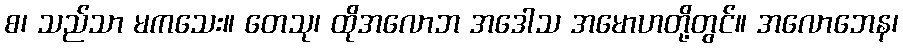
စ၊ သည်သာ မကသေး။ တေသု၊ ထိုအလောဘ အဒေါသ အမောဟတို့တွင်။ အလောဘေန၊